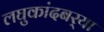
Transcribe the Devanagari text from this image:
लघुकांदबर्‍या